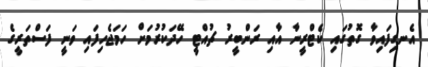
އެނގިފައިވާ ގޮތުގައި ކެޓްރީނާ އާއި ރަންބީރު ޗުއްޓީ ހޭދަކުރުމަށް ހަމަޖެހިފައި ވަނީ ފަސްތަރީގެ